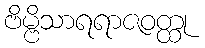
ဗိမ္ဗိသာရရာဇဝတ္ထု